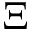
\Xi